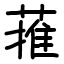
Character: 蓷